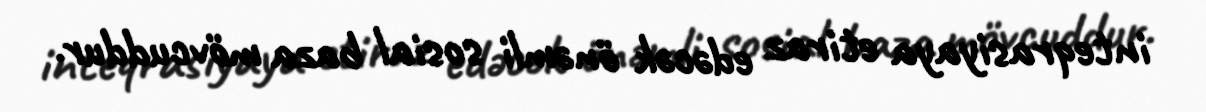
inteqrasiyaya etiraz edəcək önəmli sosial baza mövcuddur.